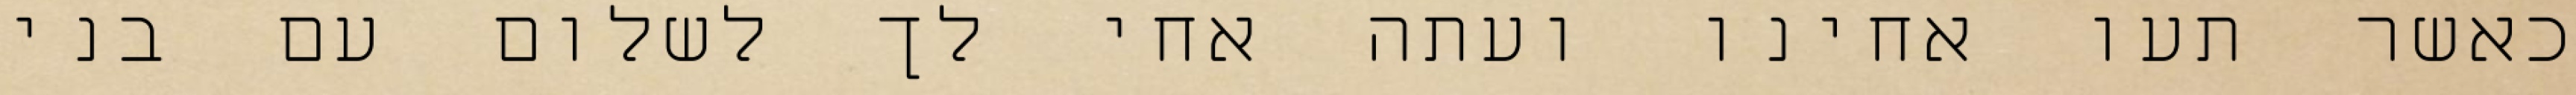
כאשר תעו אחינו ועתה אחי לך לשלום עם בני